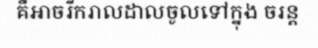
គឺអាចរីករាលដាលចូលទៅក្នុង ចរន្ត